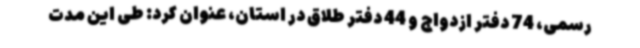
رسمی، 74 دفتر ازدواج و 44 دفتر طلاق در استان، عنوان کرد: طی این مدت